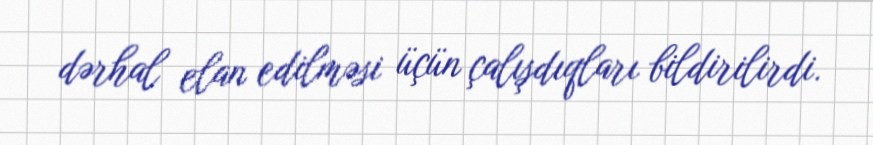
dərhal elan edilməsi üçün çalışdıqları bildirilirdi.